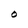
Character: O